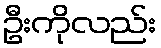
ဦးကိုလည်း